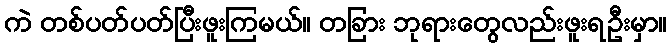
ကဲ တစ်ပတ်ပတ်ပြီးဖူးကြမယ်။ တခြား ဘုရားတွေလည်းဖူးရဦးမှာ။